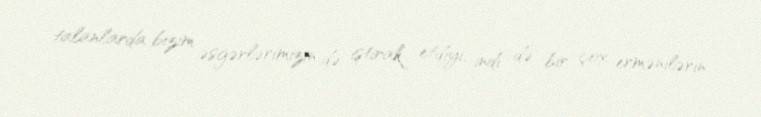
talanlarda bizim əsgərlərimizin də iştirak etdiyi, indi də bir çox ermənilərin